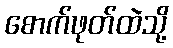
စောက်ဖုတ်ထဲသို့